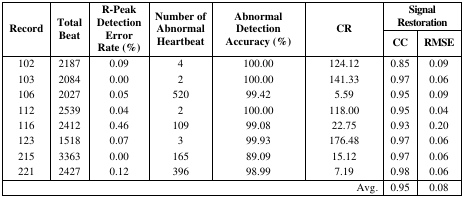
<table><thead><tr><td rowspan="3"><b>Record</b></td><td rowspan="3"><b>Total Beat</b></td><td rowspan="3"><b>R-Peak Detection Error Rate (%)</b></td><td rowspan="3"><b>Number of Abnormal Heartbeat</b></td><td rowspan="3"><b>Abnormal Detection Accuracy (%)</b></td><td rowspan="3"><b>CR</b></td><td colspan="2"><b>Signal Restoration</b></td></tr><tr><td><b>CC</b></td><td><b>RMSE</b></td></tr></thead><tbody><tr><td>102</td><td>2187</td><td>0.09</td><td>4</td><td>100.00</td><td>124.12</td><td>0.85</td><td>0.09</td></tr><tr><td>103</td><td>2084</td><td>0.00</td><td>2</td><td>100.00</td><td>141.33</td><td>0.97</td><td>0.06</td></tr><tr><td>106</td><td>2027</td><td>0.05</td><td>520</td><td>99.42</td><td>5.59</td><td>0.95</td><td>0.09</td></tr><tr><td>112</td><td>2539</td><td>0.04</td><td>2</td><td>100.00</td><td>118.00</td><td>0.95</td><td>0.04</td></tr><tr><td>116</td><td>2412</td><td>0.46</td><td>109</td><td>99.08</td><td>22.75</td><td>0.93</td><td>0.20</td></tr><tr><td>123</td><td>1518</td><td>0.07</td><td>3</td><td>99.93</td><td>176.48</td><td>0.97</td><td>0.06</td></tr><tr><td>215</td><td>3363</td><td>0.00</td><td>165</td><td>89.09</td><td>15.12</td><td>0.97</td><td>0.06</td></tr><tr><td>221</td><td>2427</td><td>0.12</td><td>396</td><td>98.99</td><td>7.19</td><td>0.98</td><td>0.06</td></tr><tr><td colspan="6">Avg.</td><td>0.95</td><td>0.08</td></tr></tbody></table>